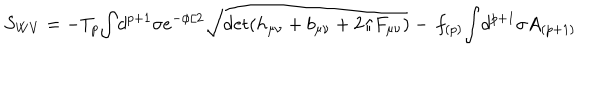
S _ { W V } = - T _ { p } { \int } d ^ { p + 1 } \sigma e ^ { - { \phi } / 2 } \sqrt { \det ( h _ { \mu \nu } + b _ { \mu \nu } + 2 \pi F _ { \mu \nu } ) } - \nonumber \, f _ { ( p ) } { \int } d ^ { p + 1 } \sigma A _ { ( p + 1 ) }